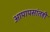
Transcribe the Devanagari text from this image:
आपापसांतही